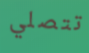
تتصلي